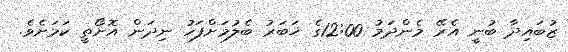
ޒުބައިދާ ބުނީ އެރޭ މެންދަމު 12:00ގެ ޚަބަރު ބެލުމަށްފަހު ނިދަން އޮށޯތީ ކަމަށެވެ.